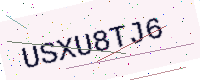
Text: USXU8TJ6